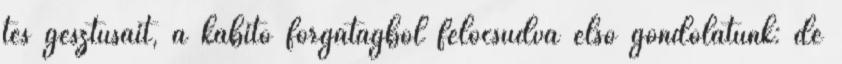
tes gesztusait, a kábító forgatagból felocsúdva első gondolatunk: de